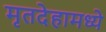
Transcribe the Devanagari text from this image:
मृतदेहामध्ये